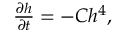
\begin{array} { r } { \frac { \partial h } { \partial t } = - C h ^ { 4 } , } \end{array}